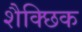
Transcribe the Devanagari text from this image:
शैक्छिक